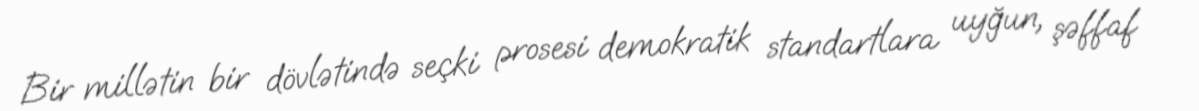
Bir millətin bir dövlətində seçki prosesi demokratik standartlara uyğun, şəffaf